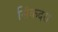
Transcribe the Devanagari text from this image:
सिंकदरा